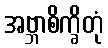
အဗ္ဘာစိက္ခိတုံ